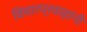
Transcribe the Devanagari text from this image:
विचारप्रवाहांनी